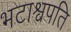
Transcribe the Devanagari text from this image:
भटाश्वपति